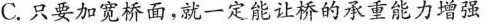
C.只要加宽桥面，就一定能让桥的承重能力增强